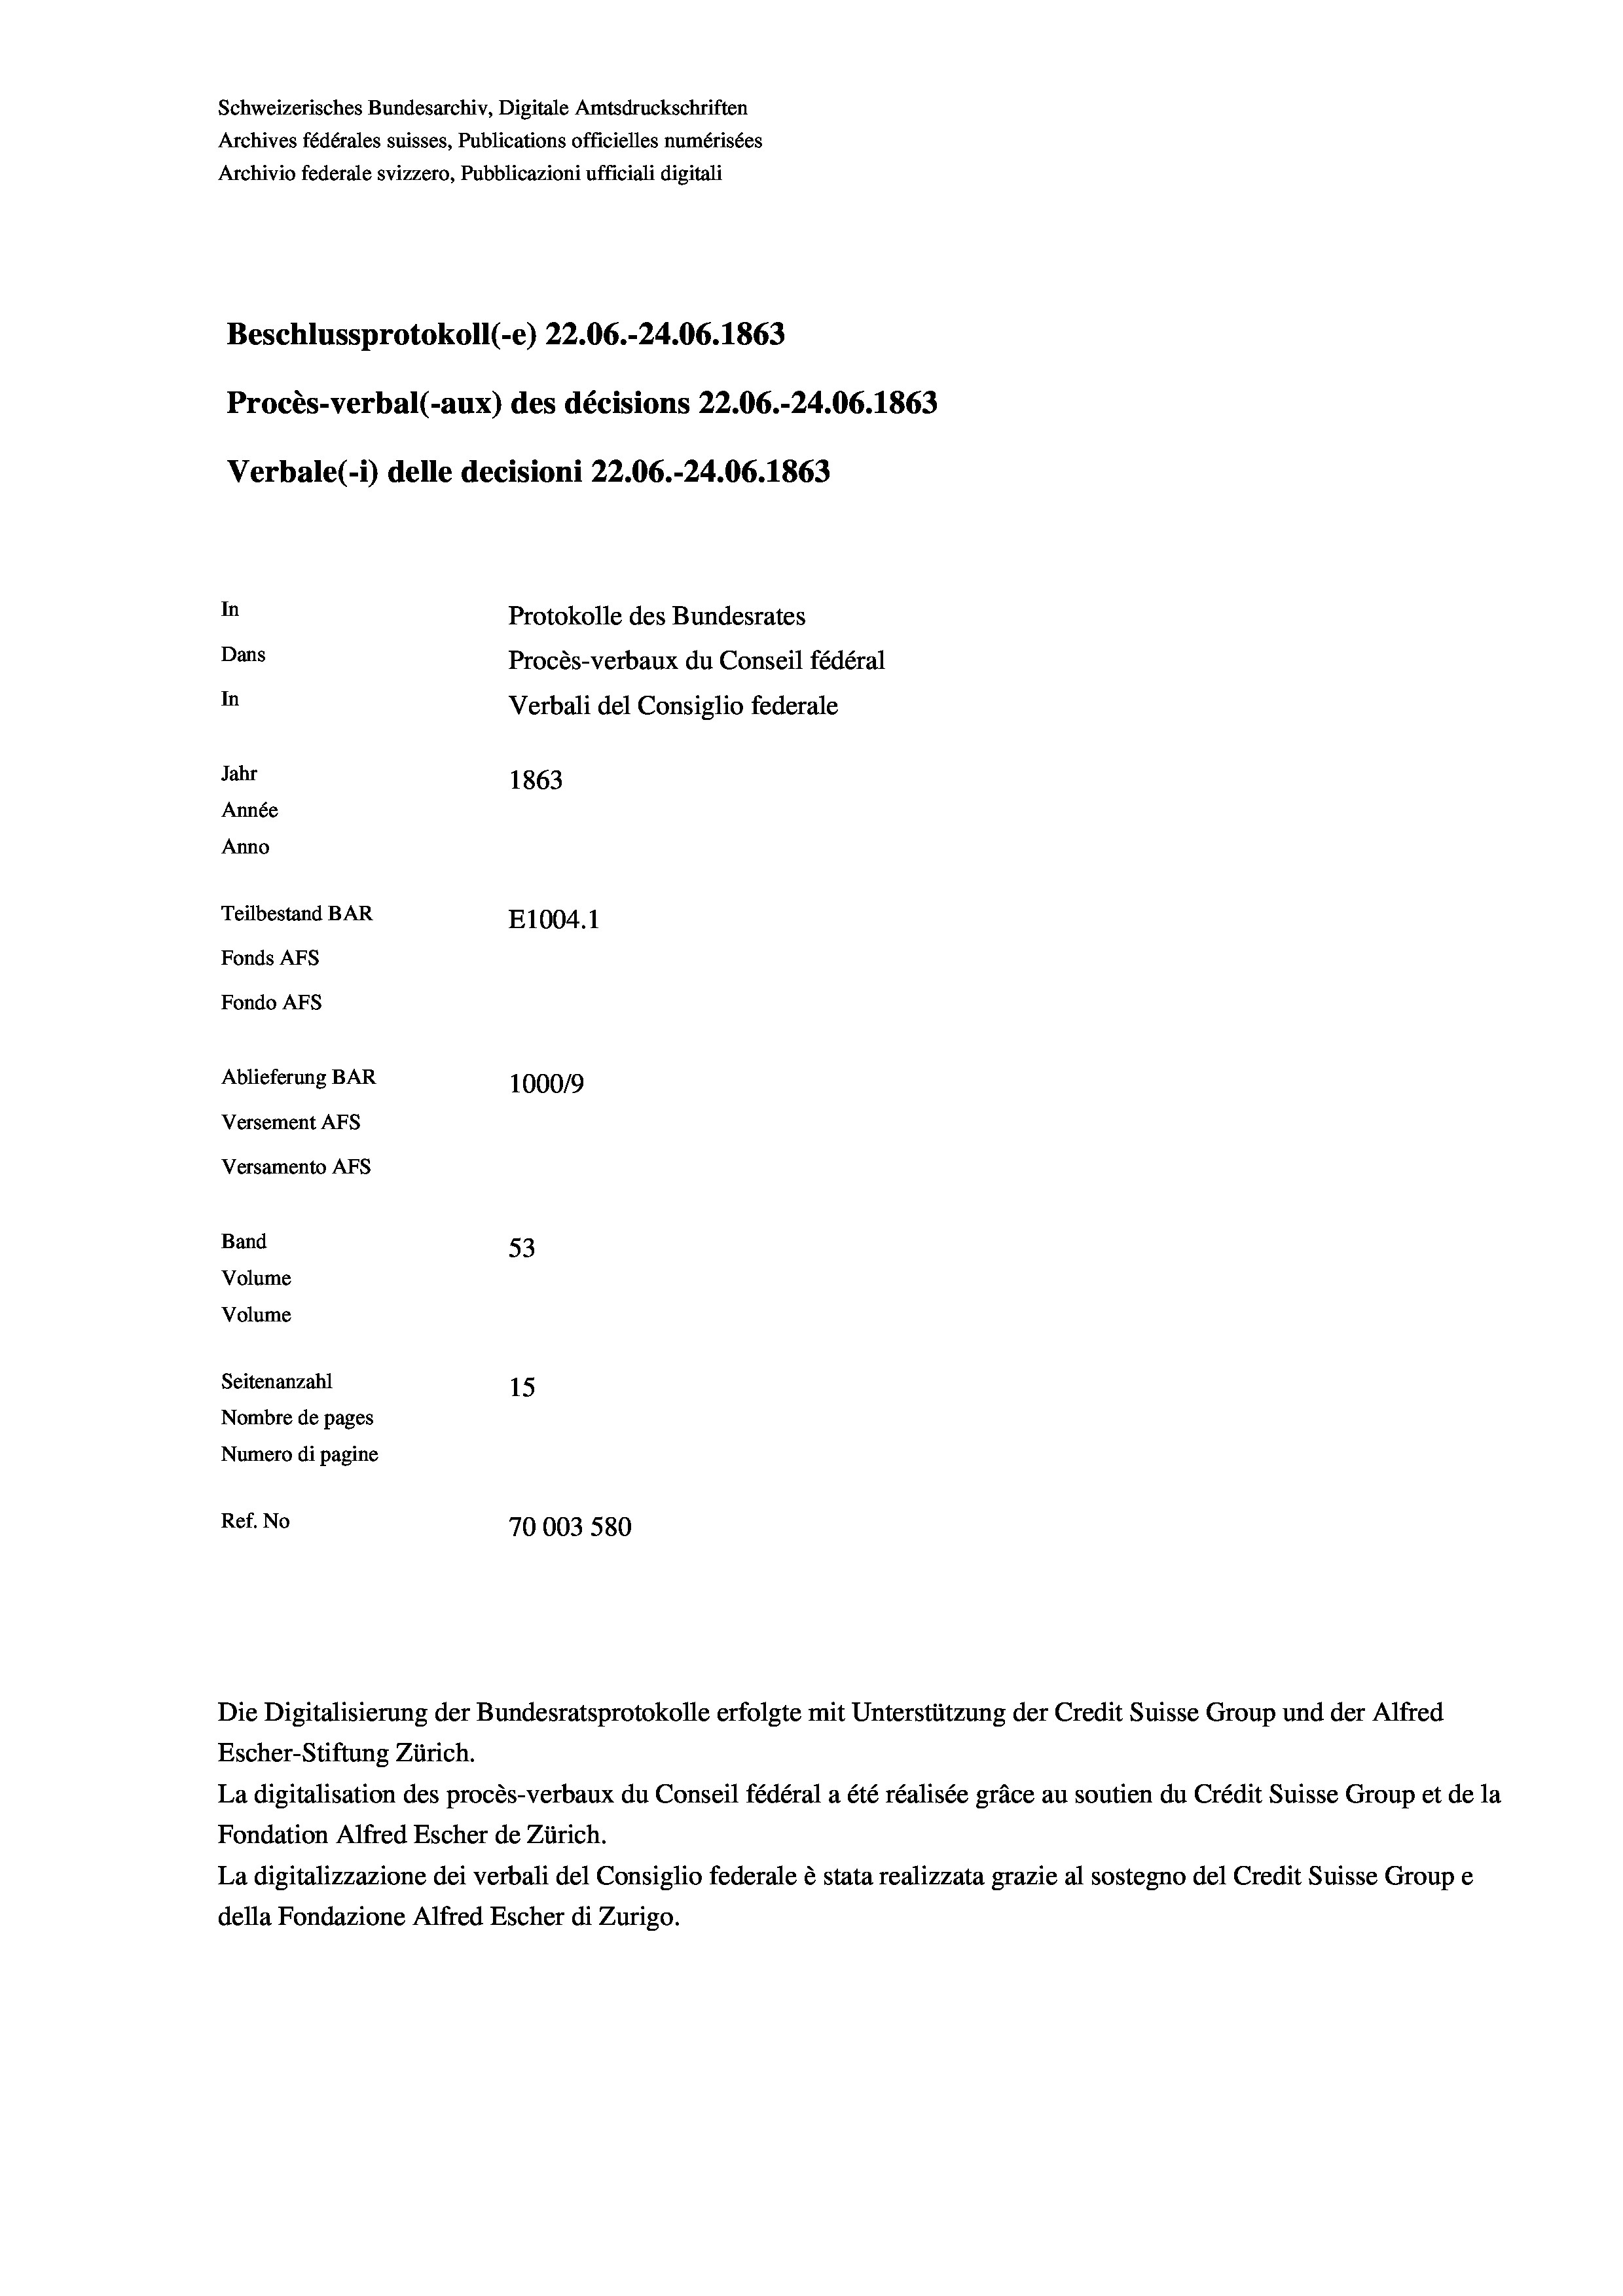
Schweizerisches Bundesarchiv, Digitale Amtsdruckschriften
Archives fédérales suisses, Publications officielles numérisées
Archivio federale svizzero, Pubblicazioni ufficiali digitali
Beschlussprotokoll (-e) 22.06.-24.06. 1863
Procès-verbal (-aux) des décisions 22.06.-24.06. 1863
Verbale (- 1) delle decisioni 22.06.-24.06. 1863
In
Protokolle des Bundesrates
Dans
Procès-verbaux du Conseil fédéral
In
Verbali del Consiglio federale
Jahr
1863
Année
Anno
Teilbestand BAR
E1004. 1
Fonds AFs
Fondo AFS
Ablieferung BAR
100019
Versement AFs
Versamento AFs
Band
53
Volume
Volume
Seitenanzahl
15
Nombre de pages
Numero di pagine
Ref. No
70003 580

Die Digitalisierung der Bundesratsprotokolle erfolgte mit Unterstützung der Credit Suisse Group und der Alfred

Escher-Stiftung Zürich.
La digitalisation des procès-verbaux du Conseil fédéral a été réalisée gräce au soutien du Crédit Suisse Group et de la
Fondation Alfred Escher de Zürich.
La digitalizzazione dei verbali del Consiglio federale è stata realizzata grazie al sostegno del Credit Suisse Groupe
della Fondazione Alfred Escher di Zurigo.